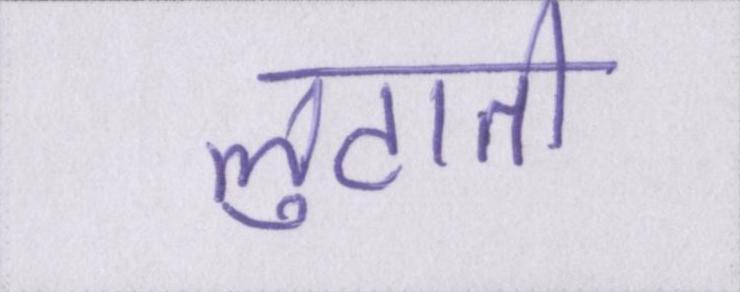
लुटाती